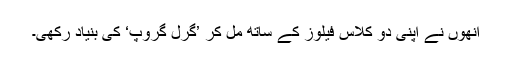
انھوں نے اپنی دو کلاس فیلوز کے ساتھ مل کر ’گرل گروپ‘ کی بنیاد رکھی۔